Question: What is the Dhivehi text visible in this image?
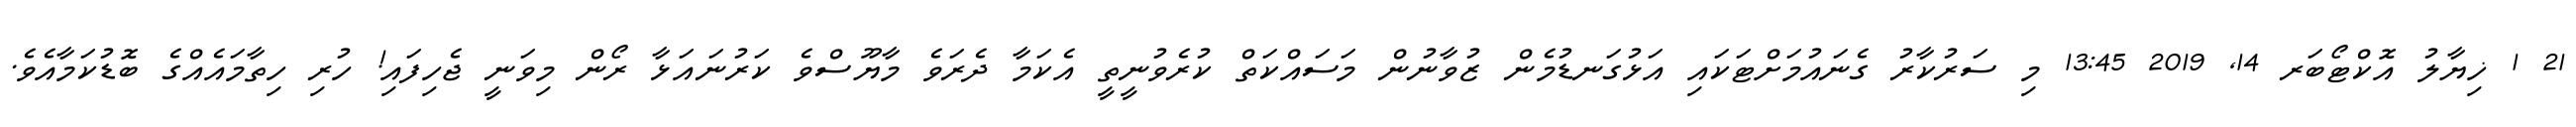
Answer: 21 1 ޚިޔާލު އޮކްޓޯބަރ 14, 2019 13:45 މި ސަރުކާރު ގެނައުމަށްޓަކައި އަޅުގަނޑުމެން ޒުވާނުން މަސައްކަތް ކުރެވުނީތީ އެކަމާ ދެރަވެ މާޔޫސްވެ ކަރުނައަޅާ ރޯން މިވަނީ ޖެހިފައި! ހުރި ހިތާމައެއްގެ ބޮޑުކަމާއެވެ.